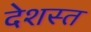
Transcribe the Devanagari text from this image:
देशस्त